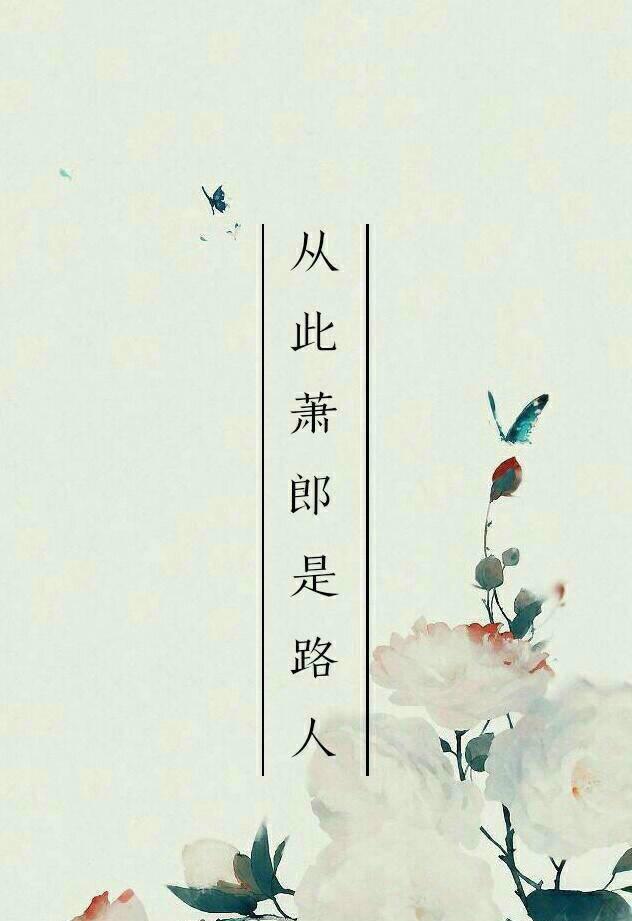
此后锦书休寄，画楼云雨无凭。